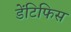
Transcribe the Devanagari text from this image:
डेंटिफिस